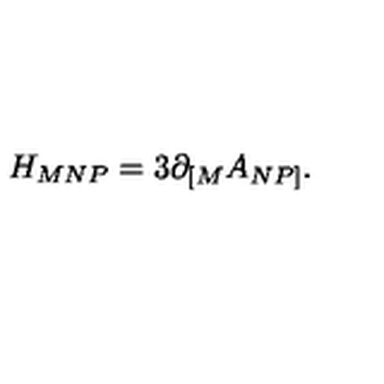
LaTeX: { H _ { M N P } = 3 \partial _ { \lbrack M } A _ { N P \rbrack } . }